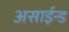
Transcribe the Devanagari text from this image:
असाईन्ड